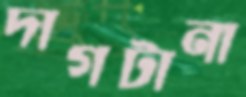
দাগটানা